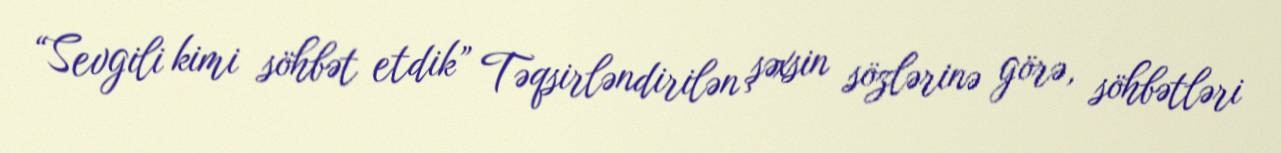
“Sevgili kimi söhbət etdik” Təqsirləndirilən şəxsin sözlərinə görə, söhbətləri